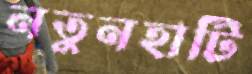
নতুনহাটি